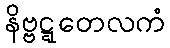
နိဗ္ဗဋ္ဋတေလကံ